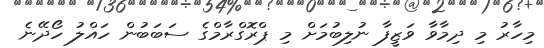
މިހާރު މި ދިމާވާ ވަޒީފާ ނުލިބުމަށް މި ޕްރޮގްރާމްގެ ސަބަބުން ހައްލު ހޯދޭނެ